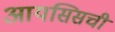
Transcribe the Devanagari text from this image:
आयसिसची